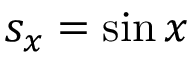
s _ { x } = \sin x